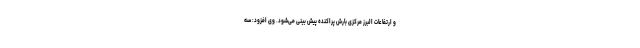
و ارتفاعات البرز مرکزی بارش پراکنده پیش بینی می‌شود. وی افزود: سه